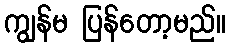
ကျွန်မ ပြန်တော့မည်။